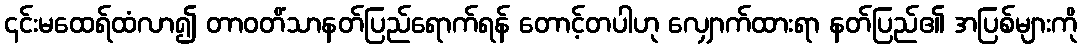
၎င်းမထေရ်ထံလာ၍ တာဝတိံသာနတ်ပြည်ရောက်ရန် တောင့်တပါဟု လျှောက်ထားရာ နတ်ပြည်၏ အပြစ်များကို